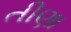
તીણા